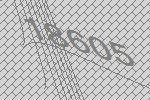
18605